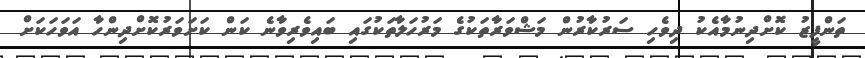
ތަންފީޒު ކޮށްދިނުމާއެކު ދިވެހި ސަރުކާރުން މަޝްވަރާތަކުގެ މަރުހަލާތަކުގައި ބައިވެރިވާނެ ކަން ކަށަވަރުކޮށްދިންހާ އަވަހަކަށް